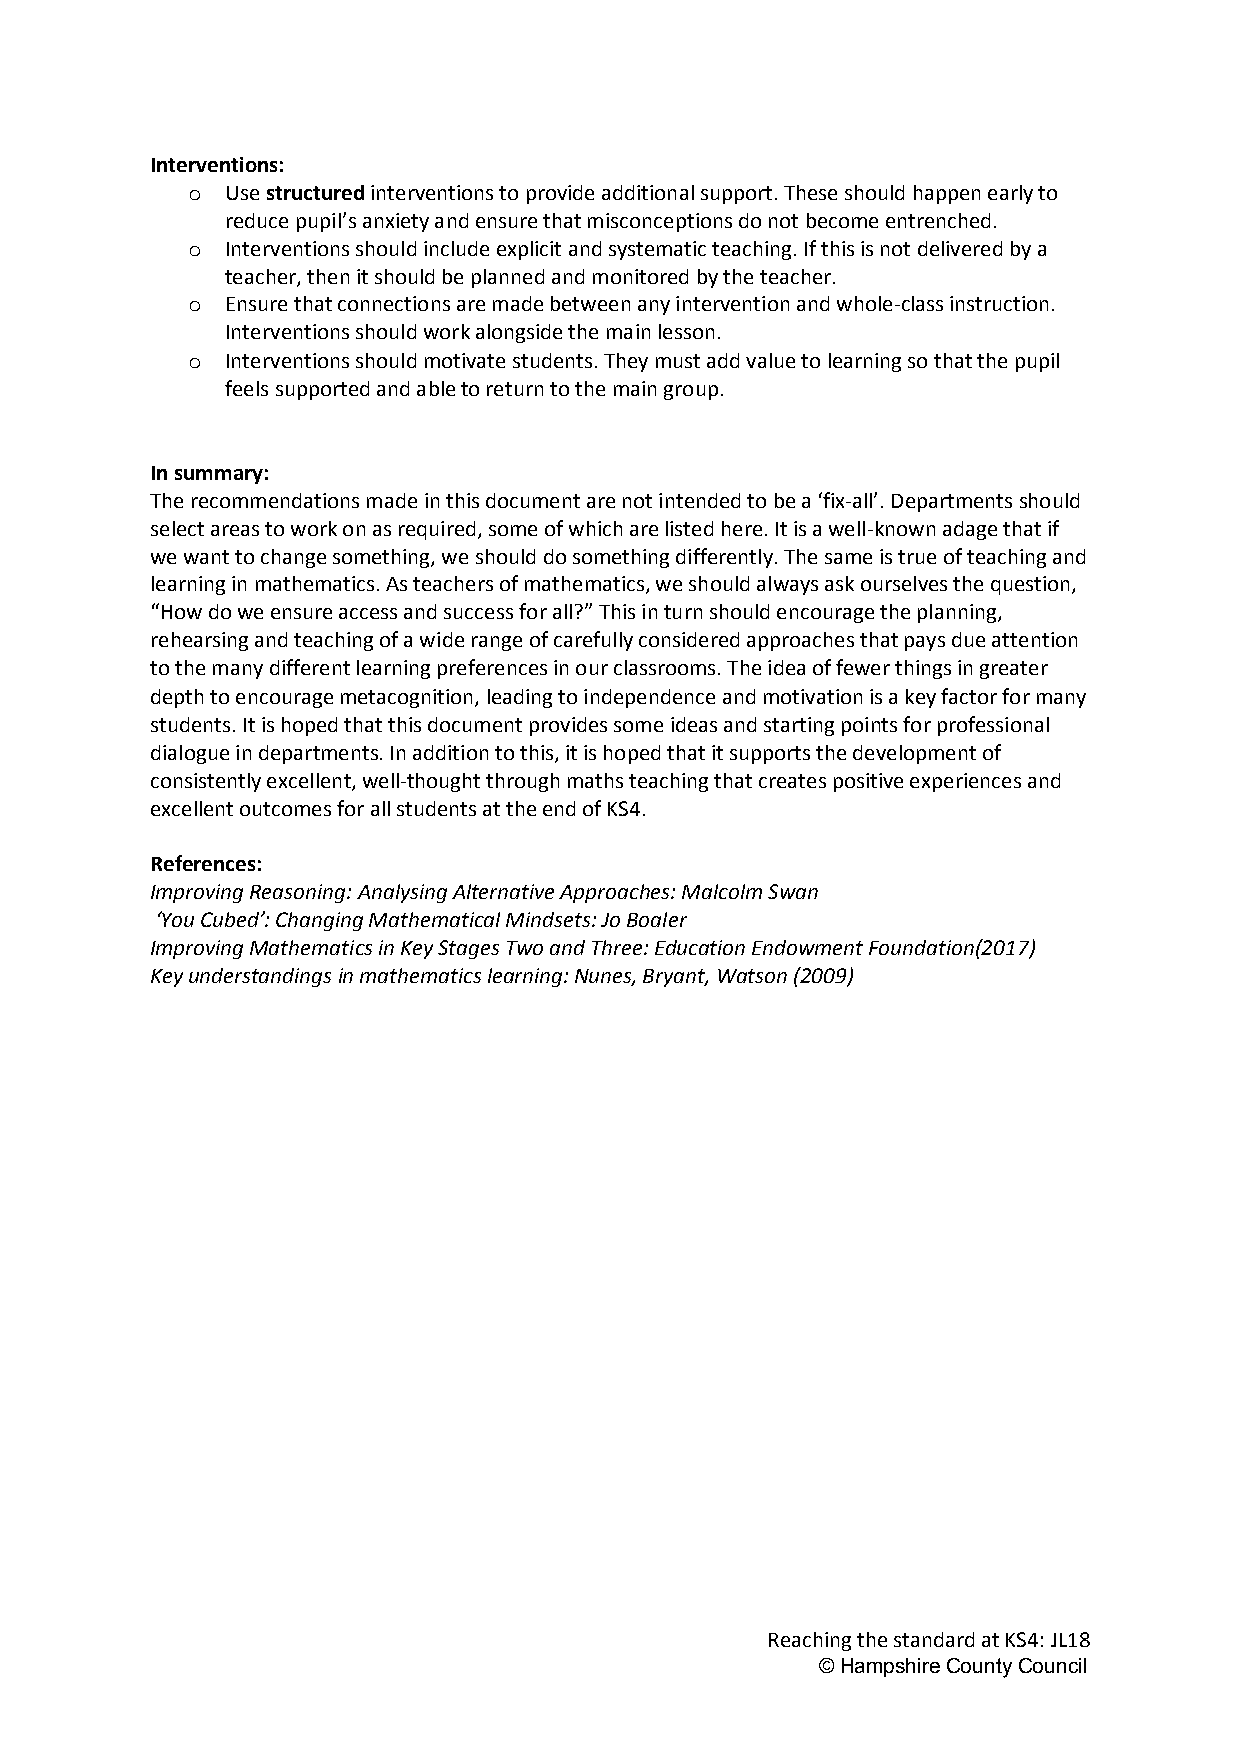
Interventions:
 o  Use structured interventions to provide additional support. These should happen early to
 reduce pupil’s anxiety and ensure that misconceptions do not become entrenched.
 o  Interventions should include explicit and systematic teaching. If this is not delivered by a
 teacher, then it should be planned and monitored by the teacher.
 o  Ensure that connections are made between any intervention and whole-class instruction.
 Interventions should work alongside the main lesson.
 o  Interventions should motivate students. They must add value to learning so that the pupil
 feels supported and able to return to the main group.
 In summary:
 The recommendations made in this document are not intended to be a ‘fix-all’. Departments should
 select areas to work on as required, some of which are listed here. It is a well-known adage that if
 we want to change something, we should do something differently. The same is true of teaching and
 learning in mathematics. As teachers of mathematics, we should always ask ourselves the question,
 “How do we ensure access and success for all?” This in turn should encourage the planning,
 rehearsing and teaching of a wide range of carefully considered approaches that pays due attention
 to the many different learning preferences in our classrooms. The idea of fewer things in greater
 depth to encourage metacognition, leading to independence and motivation is a key factor for many
 students. It is hoped that this document provides some ideas and starting points for professional
 dialogue in departments. In addition to this, it is hoped that it supports the development of
 consistently excellent, well-thought through maths teaching that creates positive experiences and
 excellent outcomes for all students at the end of KS4.
 References:
 Improving Reasoning: Analysing Alternative Approaches: Malcolm Swan
 ‘You Cubed’: Changing Mathematical Mindsets: Jo Boaler
 Improving Mathematics in Key Stages Two and Three: Education Endowment Foundation(2017)
 Key understandings in mathematics learning: Nunes, Bryant, Watson (2009)
 Reaching the standard at KS4: JL18